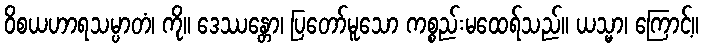
ဝိစယဟာရသမ္ပာတံ၊ ကို။ ဒေဿန္တော၊ ပြတော်မူသော ကစ္စည်းမထေရ်သည်။ ယသ္မာ၊ ကြောင့်။